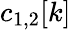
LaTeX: c_{1,2}[k]